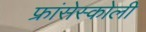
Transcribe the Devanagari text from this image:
फ्रांसेस्कोली